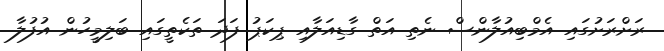
ރަށްރަށުގައި އެމްބިއުލާންސް ނެތި އަތް ގާޑިއަލާއި ޕިކަޕު ފަދަ ތަކެތީގައި ބަލިމީހުން އުފުލާ